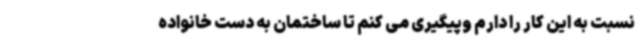
نسبت به این کار را دارم وپیگیری می کنم تا ساختمان به دست خانواده